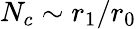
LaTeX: N_{c}\sim r_{1}/r_{0}